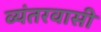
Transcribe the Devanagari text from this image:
व्यंतरवासी